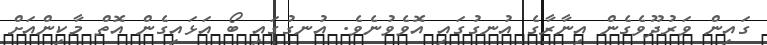
ގައިން ވަރުދޫވެގެން އިނާރާގެ އުނގުގައި އޮވެވުނެވެ. އުނގުގައި ބޯ އަޅައިގެން އޮތް މާކިންއަށް